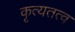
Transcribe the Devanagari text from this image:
कृत्यतत्व